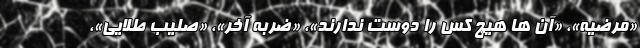
«مرضیه»، «آن ها هیچ کس را دوست ندارند»، «ضربه آخر»، «صلیب طلایی»،